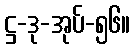
ဋ္ဌ-ဒု-အုပ်-၅၆။